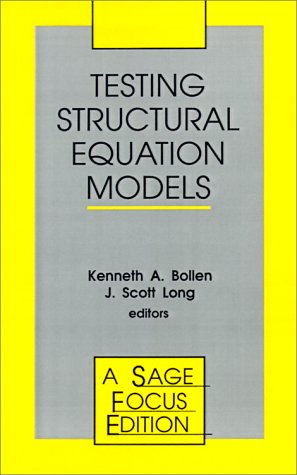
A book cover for Testing Structural Equation Models (SAGE Focus Editions); Politics & Social Sciences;